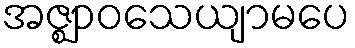
အဇ္ဈာဝသေယျာမပေ